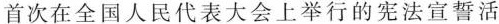
首次在全国人民代表大会上举行的宪法宣誓活